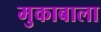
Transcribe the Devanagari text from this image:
मुकाबाला